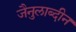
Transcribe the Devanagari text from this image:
जैनुलाब्दीन